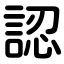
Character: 認